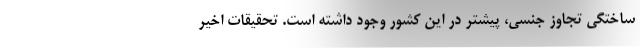
ساختگی تجاوز جنسی، پیشتر در این کشور وجود داشته است. تحقیقات اخیر